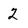
Character: 2